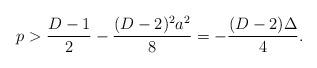
LaTeX: \begin{align*}p>{{D-1}\over 2}-{{(D-2)^2a^2}\over 8}=-{{(D-2)\Delta}\over 4}.\end{align*}